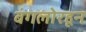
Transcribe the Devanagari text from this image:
बंगलोरहून